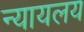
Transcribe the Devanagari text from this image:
न्‍यायलय